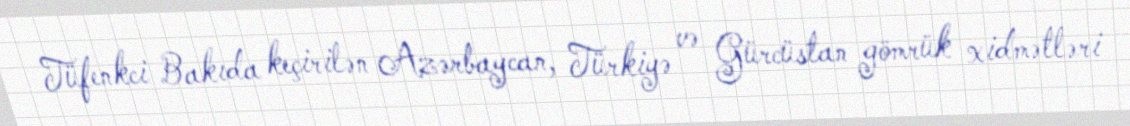
Tüfenkci Bakıda keçirilən Azərbaycan, Türkiyə və Gürcüstan gömrük xidmətləri